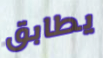
يطابق